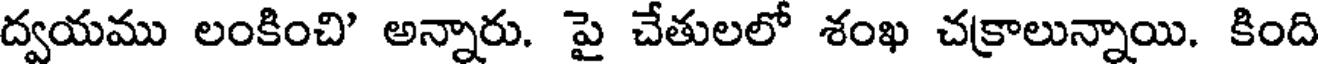
ద్వయము లంకించి' అన్నారు. పై చేతులలో శంఖ చక్రాలున్నాయి. కింది